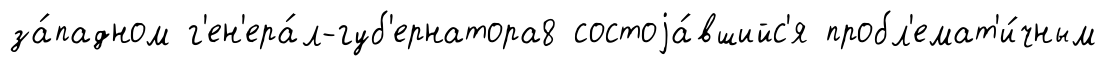
за́падном г'ен'ера́л-губ'ернатора8 состоjа́вшийс'я пробл'емат'и́чным